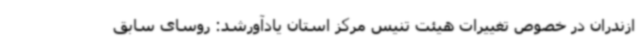
ازندران در خصوص تغییرات هیئت تنیس مرکز استان یادآورشد: روسای سابق